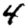
Digit: 4